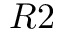
R 2